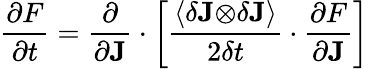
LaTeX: \frac{\partial F}{\partial t}=\frac{\partial}{\partial\mathbf{J}}\cdot\left[\frac{\left\langle\delta\mathbf{J\otimes}\delta\mathbf{J}\right\rangle}{2\delta t}\cdot\frac{\partial F}{\partial\mathbf{J}}\right]